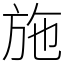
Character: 施